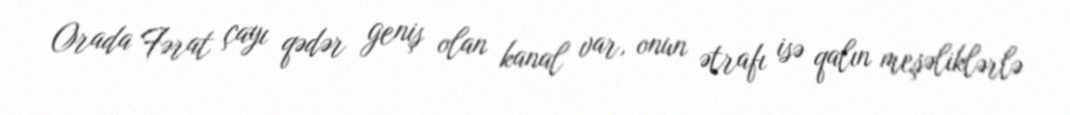
Orada Fərat çayı qədər geniş olan kanal var, onun ətrafı isə qalın meşəliklərlə